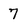
Character: 7